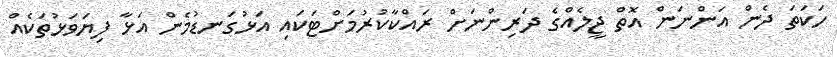
ހަކަތަ ދެން އަންނަން އޮތް ޖީލެއްގެ ދަރިންނަށް ރައްކާކުރުމަށްޓަކައި އަޅުގަނޑުމެން އަޅާ ފިޔަވަޅުތަކެއް